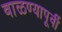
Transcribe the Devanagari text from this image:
वाळण्यापूर्वी